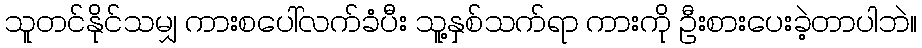
သူတင်နိုင်သမျှ ကားစပေါ်လက်ခံပီး သူ့နှစ်သက်ရာ ကားကို ဦးစားပေးခဲ့တာပါဘဲ။